Civil Veterinary Department. United Provinces 1912-22 - 1912-1922
Year: 1912
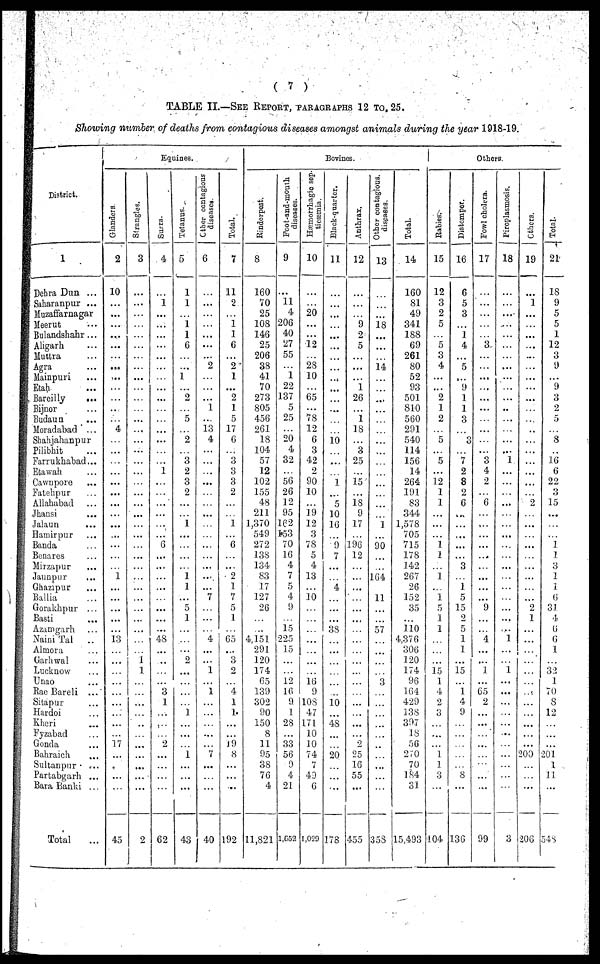
(7)
TABLE II.—See Report, paragraphs 12 to. 25.
Showing number of deaths from contagious diseases amongst animals during the year 1918-19.
District.
1
Dehra Dun ...
Saharanpur ...
Muzaffarnagar
Meerut ...
Bulandshahr ...
Aligarh ...
Muttra ...
Agra ...
Mainpuri ...
Etah ...
Bareilly
...
Bijnor ...
Budaun ...
Moradabad ...
Shahjahanpur
Pilibhit ...
Farrukhabad...
Etawah ...
Cawnpore ...
Fatchpur ...
Allahabad
...
Jhansi ...
Jaiaun ...
Hamirpur ...
Banda ...
Benares ...
Mirzapur ...
Jaunpur ...
Ghazipur ...
Bailia ...
Gorakhpur ...
Basti ...
Azamgarh ...
Naini Tal ...
Almora ...
Garhwal ...
Lucknow ...
Unao ...
Rae Bareli ...
Sitapur ...
Hardoi ...
Kheri ...
Fyzabad ...
Gonda ...
Bahraich ...
Sultanpur
...
Partabgarh ...
Bara Banki ...
Total ...
Equines.
Glanders
2
10
...
...
...
...
...
...
690
...
...
...
...
...
4
...
...
...
...
...
...
...
...
...
...
...
...
1
...
...
...
...
...
18
...
...
...
...
...
...
...
...
...
17
...
.
...
...
45
St r angl es.
3
...
...
...
...
...
...
...
...
...
...
...
...
...
...
...
...
...
...
...
...
...
...
...
...
...
...
...
...
...
...
...
...
...
...
...
1
1
...
...
...
...
...
...
...
...
...
...
...
2
Surra.
4
...
1
...
...
...
...
...
...
...
...
...
...
...
...
...
...
1
...
...
...
...
...
...
6
...
...
...
...
...
...
...
...
48
...
...
...
...
3
1
...
......
...
2...
...
...
...
...
62
Tetanus.
5
1
1
...
1
1
6
...
...
1
...
2
...
5
2
...
3
2
3
2
...
...
1
...
...
...
...
1
1
...
5
1
...
...
...
2
...
...
...
...
1
...
...
1
...
...
...
43
Other contagious
di s eas es .
6
...
...
...
...
...
...
2
...
...
...
1
...
13
4
...
...
...
...
...
...
...
...
...
...
...
...
......
...7
...
...
...
4
...
1
...
1
...
...
...
7
...
...
...
40
Tot al .
7
11
2
...
1
1
6
...
2
1
...
2
1
5
17
6
...
3
3
3
2
...
...
1
...
6
...
...
0
-
1
5
1
...
65
...
...3
2
...
4
1
1
...
...
19
8
...
...
...
102
Bovines.
Ri nder pes t
.
8
160
70
25
108
146
25
206
38
41
70
273
805
456
261
18
104
57
12
102
155
48
211
1,370
549
272
138
131
83
17
127
26
...
...
4,151
291
120
174
65
139
302
00
150
8
11
05
...
76
4
11,821
Fo o t-
a n d -
mo u th
di s eas es .
9
...
11
4
20G
40
27
55
...
1
22
137
5
25
...
20
4
32
...
56
26
12
05
162
153
70
16
4
i
5
4
9
15
225
15
...
...
12
16
0
1
28
33
56
...
4
21
1,632
Hæmo r
r
h a g ic sep-
ticæmia.
10
...
20
...
...
12
...
28
10
...
65
...
78
12
6
3
42
2
00
10
...
19
12
3
78
5
4
13
...
10
...
...
...
...
...
...
...
16
9
108
47
171
10
10
74
7
40
6
1,029
Black-quarter.
11
...
...
...
...
...
...
...
...
...
...
...
...
...
...
10
...
...
...
1
...
5
10
16
...
0
7
...
...
4
...
...
...
38
...
...
...
...
...
...
10
...
48
...
...
20
...
...
...
!73
Anthrax.
I
12
...
...
...
9
2
5
...
...
...
1
26
...
i
18
...
3
25
...
15
...
18
0
17
...
196
12
...
...
...
...
...
...
...
...
...
...
...
...
...
...
...
...
...
0
25
16
55
...
455
Other contagious,
di s eas es .
13
...
...
...
18
...
...
...
14
...
...
...
...
...
...
...
...
...
...
...
...
...
...
1
...
00
...
...
164
11
...
...
57
...
...
...
...
3
...
...
...
...
...
...
...
...
...
...
358
Tot al .
14
160
81
40
341
188
69
261
80
52
93
501
810
560
201
540
114
156
14
264
191
83
344
1,578
705
715
178
142
267
20
152
35
...
110
4,376
306
120
174
96
164
429
138
397
18
56
270
70
184
31
15,498
Others.
Rabies.
15
12
3
2
5
...
5
3
4
...
...
2
1
2
...
5
...
5
...
12
1
1
...
...
...
1
1
...
1
...
i
5
1
1
...
...
...
15
1
4
2
3
...
...
...
1
1
3
104
Di s t
emper .
16
6
5
3
...
1
4
...
5
...
9
1
1
3
...
3
7
2
8
2
6
...
...
...
...
...
3
...
1
5
15
2
5
1
1
...
15
...
1
4
9
...
...
...
...
...
8
...
136
Fowl cholera.
17
...
...
...
...
...
3
...
...
...
...
...
...
...
...
...
3
4
2
...
6
...
...
...
...
...
...
...
...
...
9
...
...
4
...
...
1
... |
65 |
2
...
...
...
...
...
...
...
...
99
Piroplasmosis.
18
...
...
...
...
...
...
...
...
...
...
...
...
...
...
...
...
1
...
...
...
...
...
...
...
...
...
...
...
...
......
...
...
1
...
...
1
...
...
...
...
...
...
...
...
...
...
...
...
Others.
19
...
1
...
...
...
...
...
...
...
...
...
...
...
...
...
...
...
...
...
2
...
...
...
...
...
...
...
...
...
2
1
...
...
...
...
...
...
...
...
...
...
...
...
200
...
...
...
206
Tot al .
21
18
9
5
5
1
12
...
9
...
9
3
2
5
8
...
16
6
22
3
15
...
...
...
I
1
3
1
1
6
31
4
6
6
1
...
3:2
1.
70
8
12
...
...
...
201
1
11
348